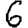
Digit: 6